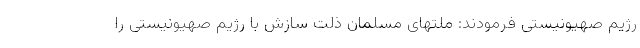
رژیم صهیونیستی فرمودند: ملتهای مسلمان ذلت سازش با رژیم صهیونیستی را